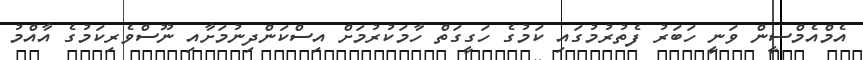
އެމްއެމްސީން ވަނީ ހަބަރު ފެތުރުމުގައި ކަމުގެ ހަގީގަތް ހާމަކުރުމަށް އިސްކަންދިނުމަށާއި ނޫސްވެރިކަމުގެ އާއްމު